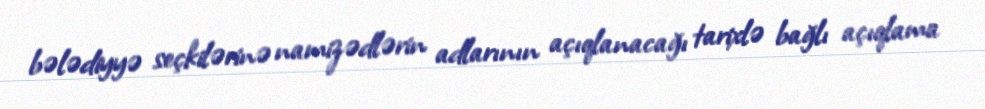
bələdiyyə seçkilərinə namizədlərin adlarının açıqlanacağı tarixlə bağlı açıqlama